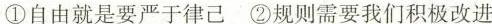
①自由就是要严于律己 ②规则需要我们积极改进